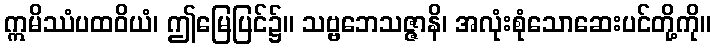
ဣမိဿံပထဝိယံ၊ ဤမြေပြင်၌။ သဗ္ဗဘေသဇ္ဇာနိ၊ အလုံးစုံသောဆေးပင်တို့ကို။